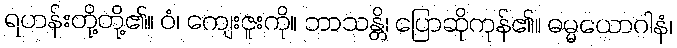
ရဟန်းတို့တို့၏။ ဝံ၊ ကျေးဇူးကို။ ဘာသန္တိ၊ ပြောဆိုကုန်၏။ ဓမ္မယောဂါနံ၊